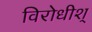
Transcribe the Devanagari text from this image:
विरोधीश्